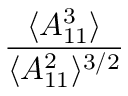
\frac { \langle A _ { 1 1 } ^ { 3 } \rangle } { \langle A _ { 1 1 } ^ { 2 } \rangle ^ { 3 / 2 } }